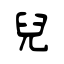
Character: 兒